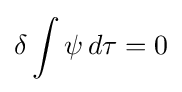
\delta \int \psi \,d\tau =0